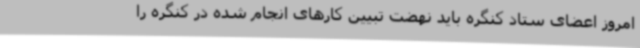
امروز اعضای ستاد کنگره باید نهضت تبیین کارهای انجام شده در کنگره را